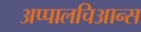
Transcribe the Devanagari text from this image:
अप्पालचिआन्स